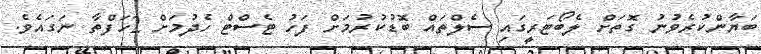
ބަޔާންކުރެވުނު ގޮަތަށް ލެބޯޓަރީގައި ސެލްތައް ބޮޑުކުރުމަށް ފަހު ޓެސްޓް ހެދުމަށް 2ހަފްތާ ނަގައެވެ.